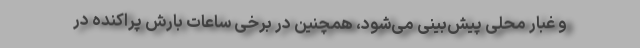
و غبار محلی پیش‌بینی می‌شود، همچنین در برخی ساعات بارش پراکنده در